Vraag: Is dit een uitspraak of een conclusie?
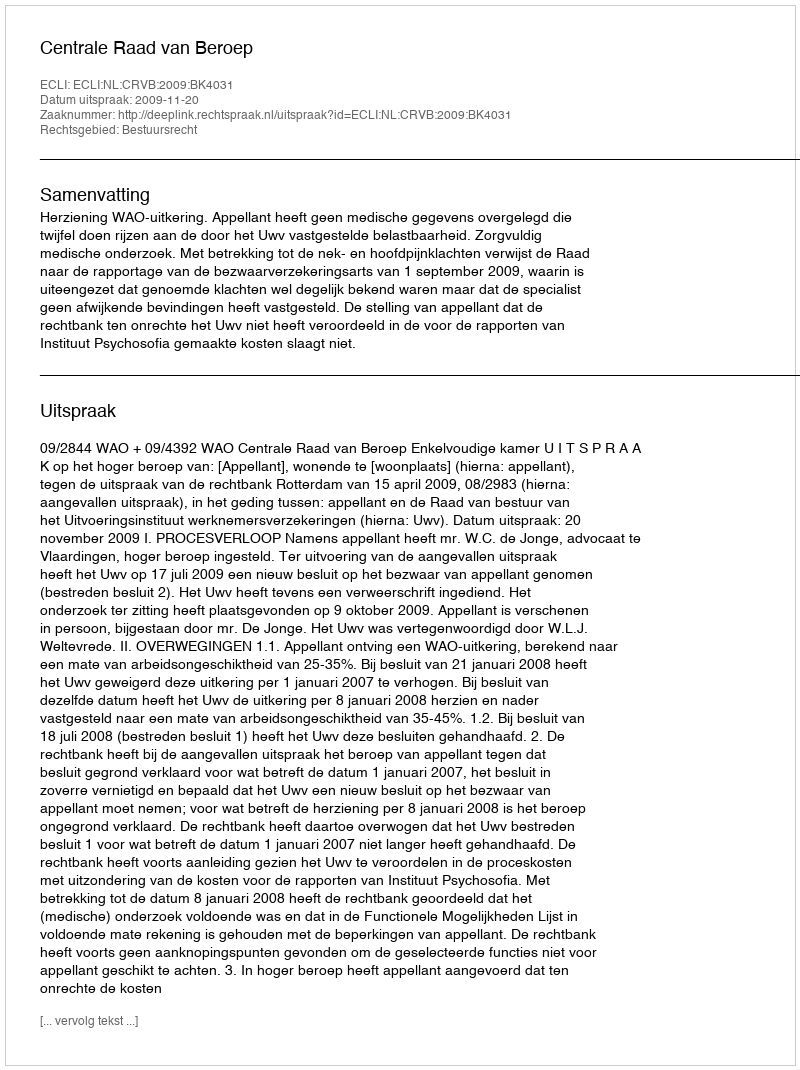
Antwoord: Uitspraak